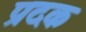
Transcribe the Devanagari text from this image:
प्रदक